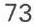
73